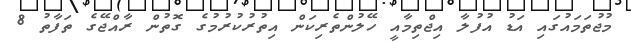
މުޖުތަމައުގައި އަޑު އުފުލާ އިޖްތިމާއީ ހޭލުންތެރިކަން އިތުރުކުރުމުގެ ގޮތުން ރާއްޖޭގެ ތަފާތު 8